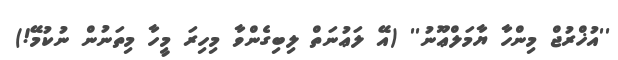
''އުޚްރުޖް މިންހާ ޔާމަލްޢޫނު'' (އޭ ލަޢުނަތް ލިބިގެންވާ މިހިރަ މީހާ މިތަނުން ނުކުމޭ!)